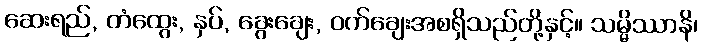
ဆေးရည်, တံထွေး, နှပ်, ခွေးချေး, ဝက်ချေးအစရှိသည်တို့နှင့်။ သမ္မိဿာနိ၊